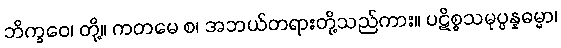
ဘိက္ခဝေ၊ တို့။ ကတမေ စ၊ အဘယ်တရားတို့သည်ကား။ ပဋိစ္စသမုပ္ပန္နဓမ္မာ၊